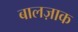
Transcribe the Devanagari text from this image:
बालज़ाक